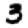
Digit: 3